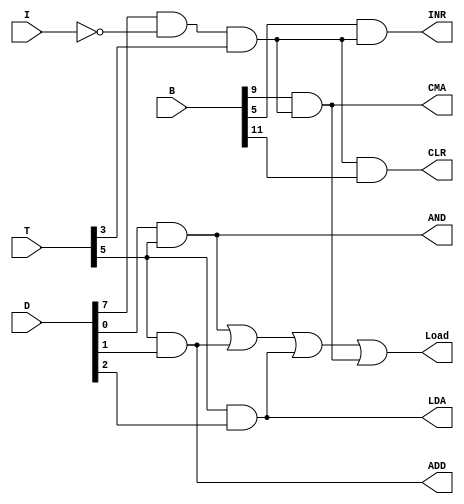
module AC_Control(AND, CMA, LDA, ADD, Load, INR, CLR, T, D, B, I);

	input[7:0] T, D;
	input[15:0] B;
	input I;

	output Load, INR, CLR;
	
	wire In = ~I;
	wire r = D[7] & In & T[3];
	output AND, CMA, LDA, ADD;
	
	assign AND = D[0] & T[5];  
	assign ADD = T[5] & D[1];
	assign LDA = T[5] & D[2]; //  LD
	assign CMA = B[9] & r;
	
	assign INR = B[5] & r;
	assign Load =( AND | ADD | LDA  | CMA );  
    assign CLR = r & B[11]; 
endmodule